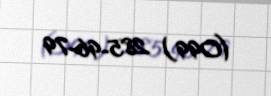
(099) 285-96-79